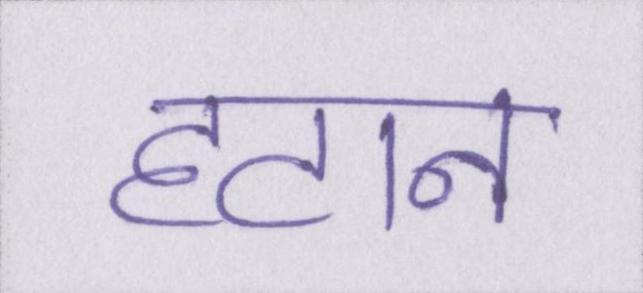
हटान